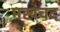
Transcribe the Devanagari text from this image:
मखंचंद